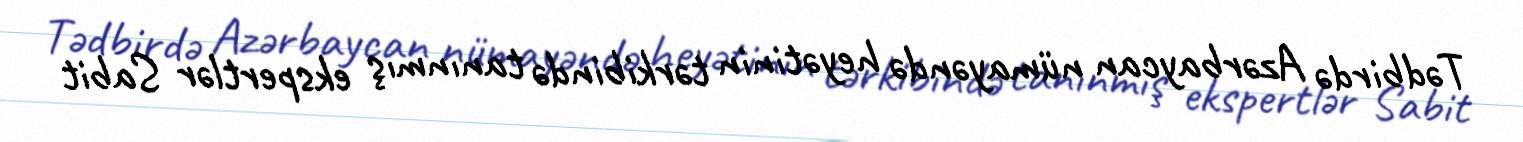
Tədbirdə Azərbaycan nümayəndə heyətinin tərkibində tanınmış ekspertlər Sabit